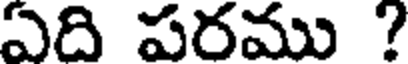
ఏది పరము ?